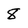
Character: 8